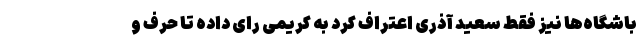
باشگاه‌ها نیز فقط سعید آذری اعتراف کرد به کریمی رای داده تا حرف و